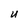
Character: U